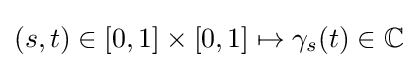
(s,t)\in [0,1]\times [0,1]\mapsto \gamma _{s}(t)\in \mathbb {C}